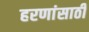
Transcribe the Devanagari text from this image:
हरणांसाठी